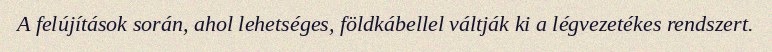
A felújítások során, ahol lehetséges, földkábellel váltják ki a légvezetékes rendszert.